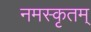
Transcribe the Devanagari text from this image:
नमस्कृतम्